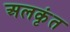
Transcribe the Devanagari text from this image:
अलकृंत